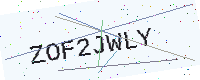
Text: ZOF2JWLY